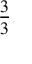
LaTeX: \frac { 3 } { 3 }